Lunatic asylums Madras 1877-1891 - 1877-1891
Year: 1877
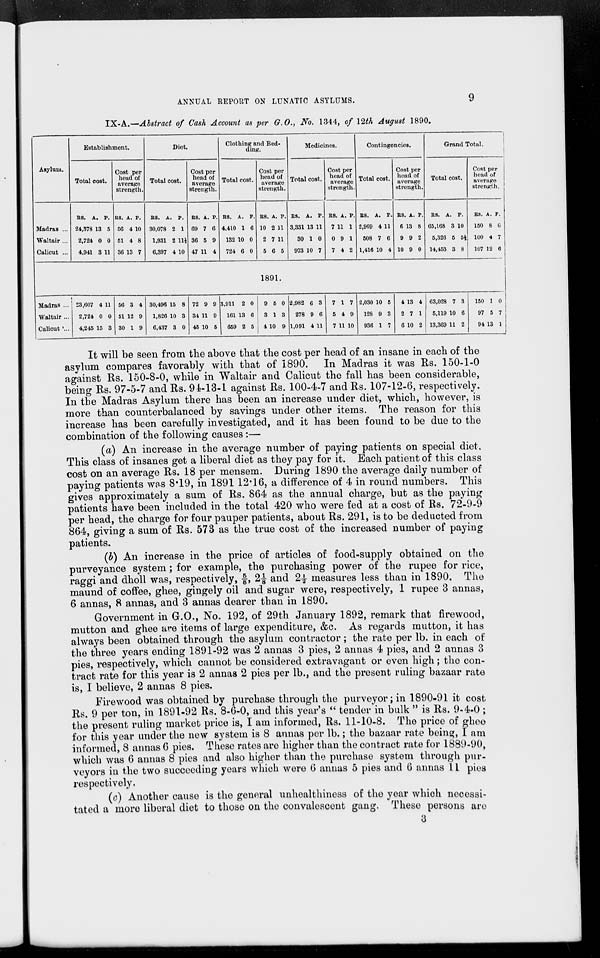
ANNUAL REPORT ON LUNATIC ASYLUMS.
9
IX-A.—Abstract of Cash Account as per G.O., No. 1344, of 12th August 1890.
Asylum.
Madras ...
Waltair ...
Calicut ...
Establishment.
Total cost.
RS.
24,378
2,724
4,941
A.
13
0
3
P.
5
0
11
Cost per
head of
average
strength.
RS.
56
51
36
A.
4
4
13
P.
10
8
7
Diet.
Total cost.
RS.
30,078
1,931
6,397
A.
2
2
4
P.
1
11½
10
Cost per
head of
average
strength.
RS.
69
36
47
A.
7
5
11
P.
6
9
4
Clothing and Bed
ding.
Total cost.
RS.
4,410
132
724
A.
1
10
6
P.
6
0
0
Cost per
head of
average
strength.
RS.
10
2
5
A.
2
7
6
P.
11
11
5
Medicines.
Total cost.
RS.
3,331
30
973
A.
13
1
10
P.
11
0
7
Cost per
head of
average
strength.
RS.
7
0
7
A.
11
9
4
P.
1
1
2
Contingencies.
Total cost.
RS.
2,969
508
1,416
A.
4
7
10
P.
11
6
4
Cost per
head of
average
strength.
RS.
6
9
10
A.
13
9
9
P.
8
2
0
Grand Total.
Total cost.
RS.
65,168
5,326
14,453
A.
3
5
3
P.
10
5½
8
Cost per
head of
average
strength.
RS.
150
100
107
A.
8
4
12
P.
0
7
6
1891.
Madras ...
Waltair ...
Calicut ...
23,607
2,724
4,245
4
0
15
11
0
3
56
51
30
3
12
1
4
9
9
30,496
1,826
6,437
15
10
3
8
3
0
72
34
45
9
11
10
9
9
5
3,911
161
659
2
13
2
0
6
5
9
3
4
5
1
10
0
3
9
2,982
278
1,091
6
9
4
3
6
11
7
5
7
1
4
11
7
9
10
2,030
128
936
10
9
1
5
3
7
4
2
6
13
7
10
4
1
2
63,028
5,119
13,369
7
10
11
3
6
2
150
97
94
1
5
13
0
7
1
It will be seen from the above that the cost per head of an insane in each of the
asylum compares favorably with that of 1890. In Madras it was Rs. 150-1-0
against Rs. 150-8-0, while in Waltair and Calicut the fall has been considerable,
being Rs. 97-5-7 and Rs. 94-13-1 against Rs. 100-4-7 and Rs. 107-12-6, respectively.
In the Madras Asylum there has been an increase under diet, which, however, is
more than counterbalanced by savings under other items. The reason for this
increase has been carefully investigated, and it has been found to be due to the
combination of the following causes :—
(a) An increase in the average number of paying patients on special diet.
This class of insanes get a liberal diet as they pay for it. Each patient of this class
cost on an average Rs. 18 per mensem. During 1890 the average daily number of
paying patients was 8.19, in 1891 12.16, a difference of 4 in round numbers. This
gives approximately a sum of Rs. 864 as the annual charge, but as the paying
patients have been included in the total 420 who were fed at a cost of Rs. 72-9-9
per head, the charge for four pauper patients, about Rs. 291, is to be deducted from
864, giving a sum of Rs. 573 as the true cost of the increased number of paying
patients.
(b) An increase in the price of articles of food-supply obtained on the
purveyance system ; for example, the purchasing power of the rupee for rice,
raggi and dholl was, respectively, 5/8, 2⅛ and 2½ measures less than in 1890. The
maund of coffee, ghee, gingely oil and sugar were, respectively, 1 rupee 3 annas,
6 annas, 8 annas, and 3 annas dearer than in 1890.
Government in G.O., No. 192, of 29th January 1892, remark that firewood,
mutton and ghee are items of large expenditure, &c. As regards mutton, it has
always been obtained through the asylum contractor ; the rate per lb. in each of
the three years ending 1891-92 was 2 annas 3 pies, 2 annas 4 pies, and 2 annas 3
pies, respectively, which cannot be considered extravagant or even high ; the con
tract rate for this year is 2 annas 2 pies per lb., and the present ruling bazaar rate
is, I believe, 2 annas 8 pies.
Firewood was obtained by purchase through the purveyor; in 1890-91 it cost
Rs. 9 per ton, in 1891-92 Rs. 8-6-0, and this year's " tender in bulk " is Rs. 9-4-0 ;
the present ruling market price is, I am informed, Rs. 11-10-8. The price of ghee
for this year under the new system is 8 annas per lb.; the bazaar rate being, I am
informed, 8 annas 6 pies. These rates are higher than the contract rate for 1889-90,
which was 6 annas 8 pies and also higher than the purchase system through pur-
veyors in the two succeeding years which were 6 annas 5 pies and 6 annas 11 pies
respectively.
(c) Another cause is the general unhealthiness of the year which necessi
tated a more liberal diet to those on the convalescent gang. These persons are
3